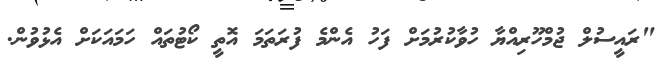
"ރައީސުލް ޖުމްހޫރިއްޔާ ހުވާކުރުމަށް ފަހު އެންމެ ފުރަތަމަ އޮތީ ކޯޓުތައް ހަމައަކަށް އެޅުވުން.